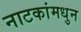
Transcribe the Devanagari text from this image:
नाटकांमधुन